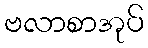
ဗလာစာအုပ်